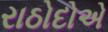
રાઠોદોએ